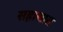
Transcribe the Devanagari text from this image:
सहासात